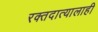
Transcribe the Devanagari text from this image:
रक्तदात्यालाही